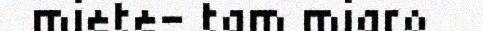
miete- tam miaro